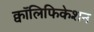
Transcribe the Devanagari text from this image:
क्वॉलिफिकेशन